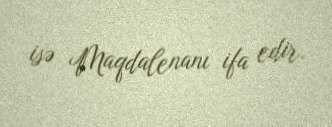
isə Maqdalenanı ifa edir.